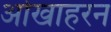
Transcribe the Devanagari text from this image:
ओखाहरन